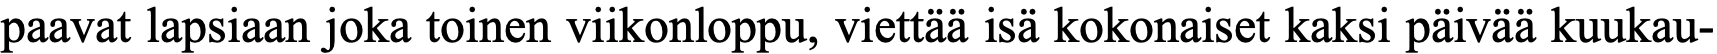
paavat lapsiaan joka toinen viikonloppu, viettää isä kokonaiset kaksi päivää kuukau-